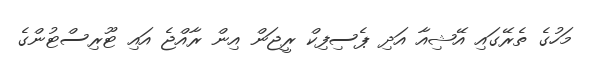
މަހުގެ ތެރޭގައި އޭޝިއާ އަދި ޕެސިފިކް ރީޖަން އިން ރާއްޖެ އައި ޓޫރިސްޓުންގެ